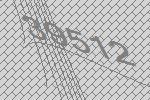
39512